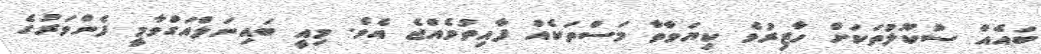
ބައެއް ސުކޫލުތަކަށް ހާޒިރުވެ ކިޔަވާތާ މަސްތަކެއް ފާއިތުވެއްޖެ އެވެ. މިއީ ބައިނަލްއަގްވާމީ ފެންވަރުގެ